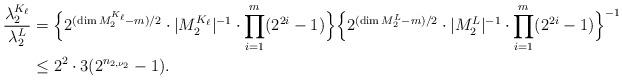
LaTeX: \begin{align*} \frac{\lambda_2^{K_{\ell}}}{\lambda_2^L}&=\Bigl\{2^{(\dim M_2^{K_{\ell}}-m)/2}\cdot|M_2^{K_{\ell}}|^{-1}\cdot\prod_{i=1}^{m}(2^{2i}-1)\Bigr\}\Bigl\{2^{(\dim M_2^L-m)/2}\cdot|M_2^L|^{-1}\cdot\prod_{i=1}^{m}(2^{2i}-1)\Bigr\}^{-1}\\ &\leq 2^2\cdot 3(2^{n_{2,\nu_2}}-1).\end{align*}